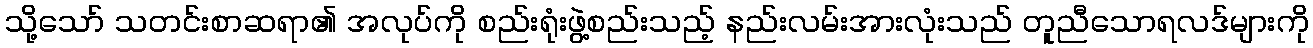
သို့သော် သတင်းစာဆရာ၏ အလုပ်ကို စည်းရုံးဖွဲ့စည်းသည့် နည်းလမ်းအားလုံးသည် တူညီသောရလဒ်များကို